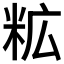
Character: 𮇋